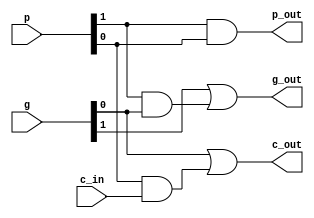
`timescale 1ns / 1ps
//////////////////////////////////////////////////////////////////////////////////
// Company: 
// Engineer: 
// 
// Design Name: 
// Module Name: g_p
// Project Name: 
// Target Devices: 
// Tool Versions: 
// Description: 
// 
// Dependencies: 
// 
// Revision:
// Revision 0.01 - File Created
// Additional Comments:
// 
//////////////////////////////////////////////////////////////////////////////////


module g_p(g,p,c_in, g_out,p_out,c_out);
    input [1:0] g,p;
    input c_in;
    output g_out,p_out,c_out;
    assign g_out = g[1] | p[1] & g[0];
    assign p_out = p[1] & p[0];
    assign c_out = g[0] | p[0] & c_in;
endmodule